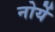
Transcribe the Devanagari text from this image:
नोर्ये